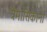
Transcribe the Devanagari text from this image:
त्रैमासिकांना